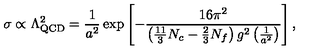
\sigma \propto \Lambda _ { \mathrm { Q C D } } ^ { 2 } = \frac { 1 } { a ^ { 2 } } \exp \left[ - \frac { 1 6 \pi ^ { 2 } } { \left( \frac { 1 1 } { 3 } N _ { c } - \frac 2 3 N _ { f } \right) g ^ { 2 } \left( \frac { 1 } { a ^ { 2 } } \right) } \right] ,